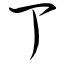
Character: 丁